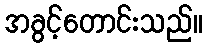
အခွင့်တောင်းသည်။